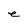
Character: e